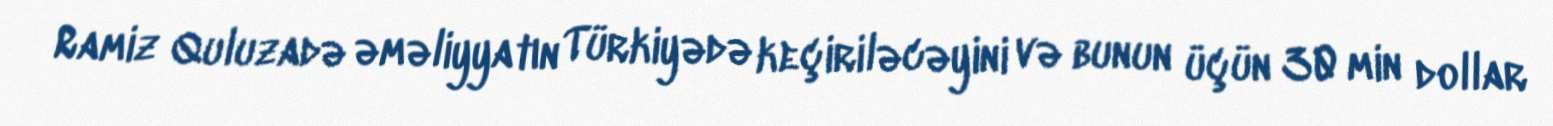
Ramiz Quluzadə əməliyyatın Türkiyədə keçiriləcəyini və bunun üçün 30 min dollar